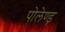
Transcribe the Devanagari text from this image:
पोलेण्ड़